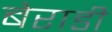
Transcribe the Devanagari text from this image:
बेराडी